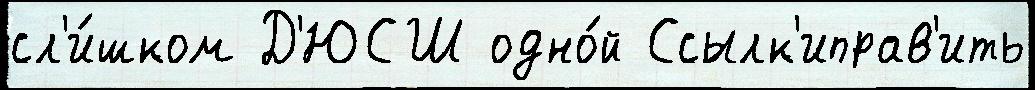
сл'и́шком Д'ЮСШ одно́й Ссылк'иправ'ить